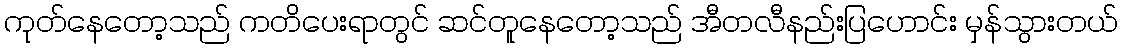
ကုတ်နေတော့သည် ကတိပေးရာတွင် ဆင်တူနေတော့သည် အီတလီနည်းပြဟောင်း မှန်သွားတယ်